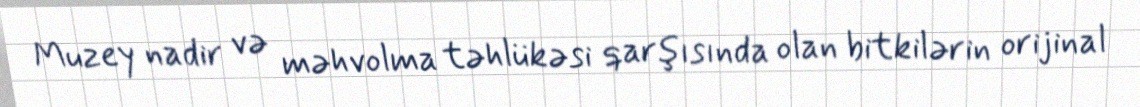
Muzey nadir və məhvolma təhlükəsi qarşısında olan bitkilərin orijinal